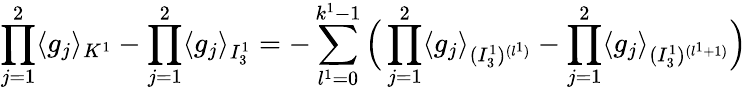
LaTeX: \prod_{j=1}^{2}\langle g_{j}\rangle_{K^{1}}-\prod_{j=1}^{2}\langle g_{j}\rangle_{I_{3}^{1}}=-\sum_{l^{1}=0}^{k^{1}-1}\Big(\prod_{j=1}^{2}\langle g_{j}\rangle_{(I_{3}^{1})^{(l^{1})}}-\prod_{j=1}^{2}\langle g_{j}\rangle_{(I_{3}^{1})^{(l^{1}+1)}}\Big)